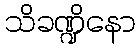
သိခဏ္ဍိနော